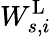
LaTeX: W_{s,i}^{\mathrm{L}}